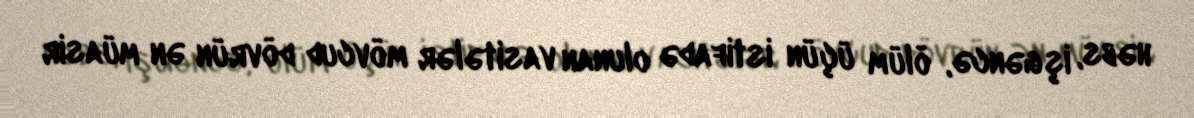
həbs, işgəncə, ölüm üçün istifadə olunan vasitələr mövcud dövrün ən müasir